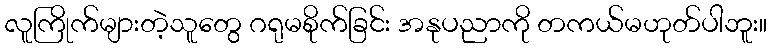
လူကြိုက်များတဲ့သူတွေ ဂရုမစိုက်ခြင်း အနုပညာကို တကယ်မဟုတ်ပါဘူး။